Vaccination in Burma 1912-1922 - 1912-1922
Year: 1912
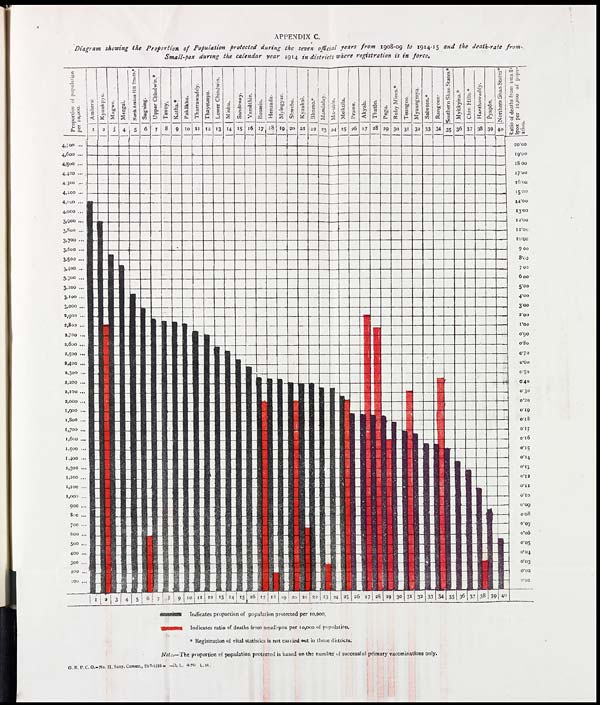
APPENDIX C.
Diagram showing the Proportion of Population protected during the seven official years from 1908-09 to 1914-15 and the death-rate from
Small-pox during the calendar year 1914 in districts where registration is in force.
Note.—The proportion of population protected is based on the number of successful primary vaccinations only.
G. B. P. C. O.—No. 11, Sany. Commr., 23-1-1915— -D. L. 4-20 L. M.